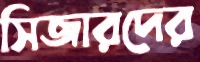
সিজারদের